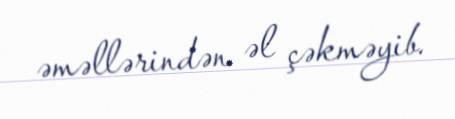
əməllərindən əl çəkməyib.